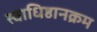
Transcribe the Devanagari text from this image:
स्वाधिष्ठानक्रम